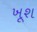
ખૂશ